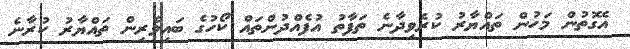
އެގޮތުން މަހުން ތައްޔާރު ކުރެވިދާނެ ތަފާތު އުފެއްދުންތައް ކޯހުގެ ބައިވެރިން ތައްޔާރު ކުރާނެ